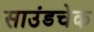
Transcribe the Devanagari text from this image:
साउंडचेक